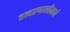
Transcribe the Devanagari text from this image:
तत्वप्रणालीमध्ये